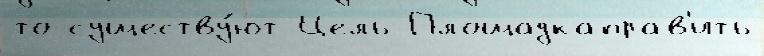
то существу́ют Цель Площадкаправ'ить